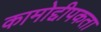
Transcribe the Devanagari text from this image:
कामोद्दीपकता